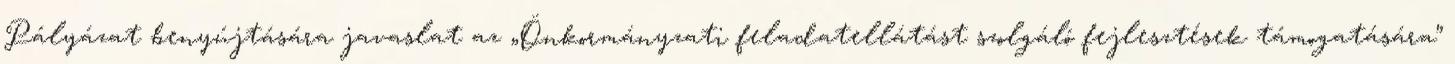
Pályázat benyújtására javaslat az „Önkormányzati feladatellátást szolgáló fejlesztések támogatására”